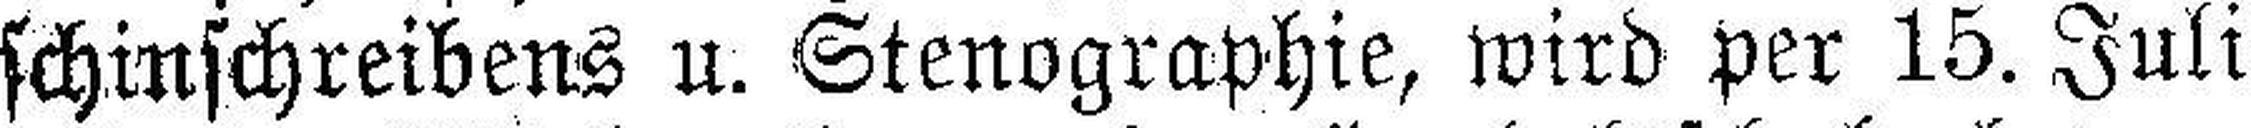
schinschreibens u. Stenographie, wird per 15. Juli